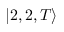
| 2 , 2 , T \rangle